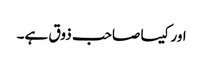
اور کیسا صاحب ذوق ہے۔